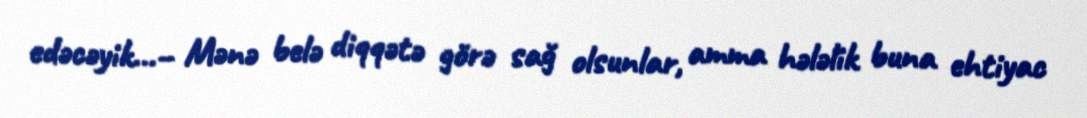
edəcəyik...– Mənə belə diqqətə görə sağ olsunlar, amma hələlik buna ehtiyac